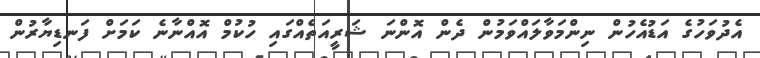
އެދުވަހުގެ އަޑުއެހުން ނިންމަވާލައްވަމުން ދެން އޮންނަ ޝަރީއަތެއްގައި ހުކުމް އޮއްނާނެ ކަމަށް ފަނޑިޔާރުން